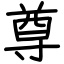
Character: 尊